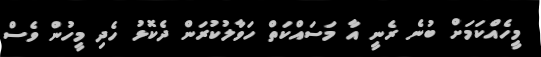
މީހެއްކަމަށް ބުނެ ރެނީ އާ މަސައްކަތް ހަވާލުކުރަން ދެކޮޅު ހެދި މީހުން ވެސް